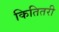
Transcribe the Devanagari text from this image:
कितितरी